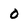
Character: 0